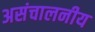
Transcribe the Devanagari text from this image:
असंचालनीय